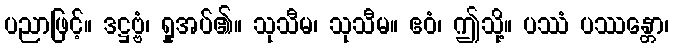
ပညာဖြင့်။ ဒဋ္ဌဗ္ဗံ၊ ရှုအပ်၏။ သုသီမ၊ သုသီမ။ ဧဝံ၊ ဤသို့။ ပဿံ ပဿန္တော၊